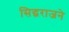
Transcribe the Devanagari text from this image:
सिद्धराजने